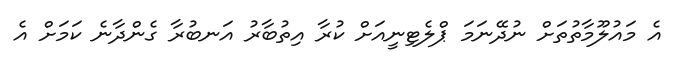
އެ މައުލޫމާތުތަށް ނުދޭނަމަ ޕްލެޓިނީއަށް ކުރާ އިތުބާރު އަނބުރާ ގެންދާނެ ކަމަށް އެ